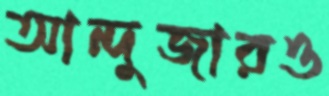
আন্দুজারও